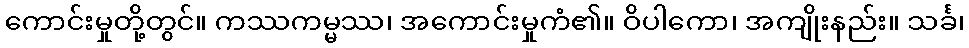
ကောင်းမှုတို့တွင်။ ကဿကမ္မဿ၊ အကောင်းမှုကံ၏။ ဝိပါကော၊ အကျိုးနည်း။ သင်္ခ၊